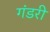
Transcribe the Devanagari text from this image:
गंडरी